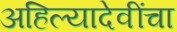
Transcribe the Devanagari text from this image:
अहिल्यादेवींचा